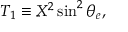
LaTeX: T _ { 1 } \equiv X ^ { 2 } \sin ^ { 2 } \theta _ { e } ,